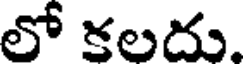
లో కలదు.